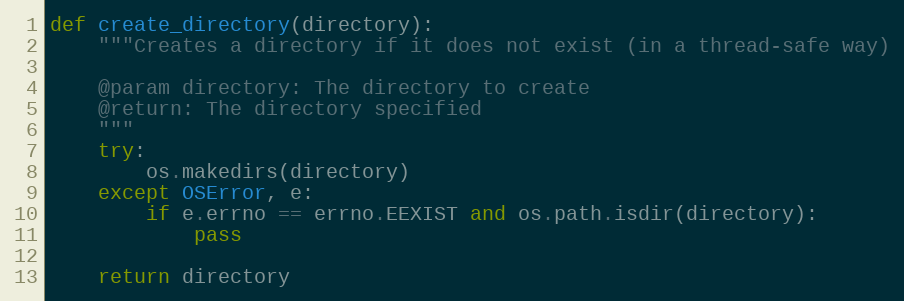
Language: Python
def create_directory(directory):
    """Creates a directory if it does not exist (in a thread-safe way)

    @param directory: The directory to create
    @return: The directory specified
    """
    try:
        os.makedirs(directory)
    except OSError, e:
        if e.errno == errno.EEXIST and os.path.isdir(directory):
            pass

    return directory